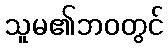
သူမ၏ဘဝတွင်